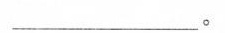
_____________。